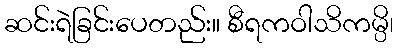
ဆင်းရဲခြင်းပေတည်း။ စီရကဝါသိကမ္ပိ၊